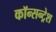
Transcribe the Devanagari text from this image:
कॉन्सन्ट्रेश